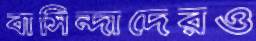
বাসিন্দাদেরও